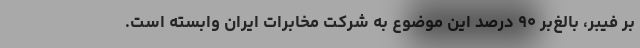
بر فیبر، بالغ‌بر ۹۰ درصد این موضوع به شرکت مخابرات ایران وابسته است.